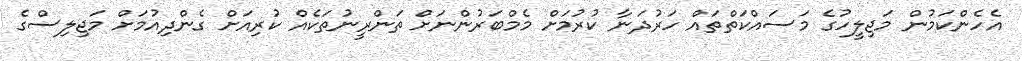
އެހެންކަމުން މަޖިލީހުގެ މަސައްކަތްތައް ހަރުދަނާ ކުރުމަށް މެމްބަރުންނަށް ތަންރީނުތަކެއް ކުރިއަށް ގެންދިއުމަށް މަޖިލިސްގެ